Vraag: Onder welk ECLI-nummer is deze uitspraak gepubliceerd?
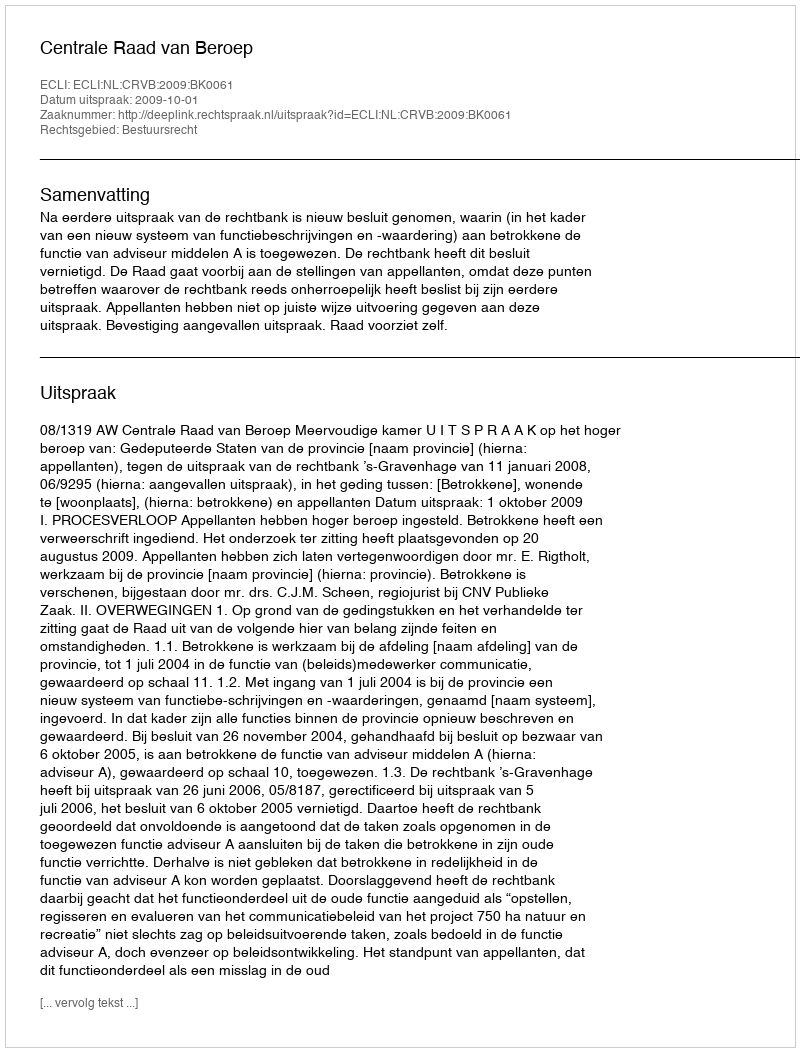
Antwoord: ECLI:NL:CRVB:2009:BK0061